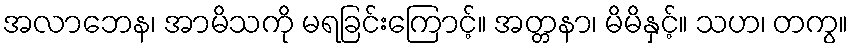
အလာဘေန၊ အာမိသကို မရခြင်းကြောင့်။ အတ္တနာ၊ မိမိနှင့်။ သဟ၊ တကွ။